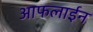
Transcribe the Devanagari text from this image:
आफलाईन